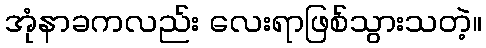
အုံနာခကလည်း လေးရာဖြစ်သွားသတဲ့။